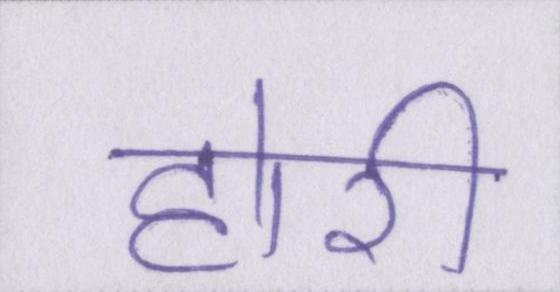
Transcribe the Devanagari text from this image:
होरी